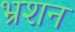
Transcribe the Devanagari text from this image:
भ्रशन